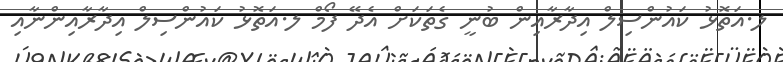
ލ.އަތޮޅު ކައުންސިލް އިދާރާއިން ބުނީ ގެތަކަށް އެދޭ ފޯމް ލ.އަތޮޅު ކައުންސިލް އިދާރާއިންނާއި